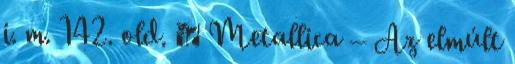
i. m. 142. old. ↑ Metallica – Az elmúlt